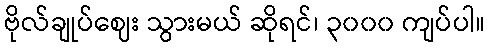
ဗိုလ်ချုပ်ဈေး သွားမယ် ဆိုရင်၊ ၃၀၀၀ ကျပ်ပါ။